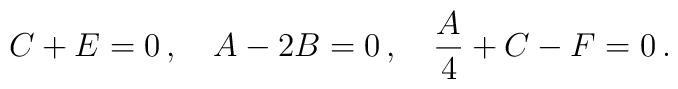
C+E=0\,,\quad A-2B=0\,,\quad \frac{A}{4}+C-F=0\,.